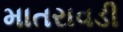
માતરાવડી